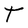
Character: T